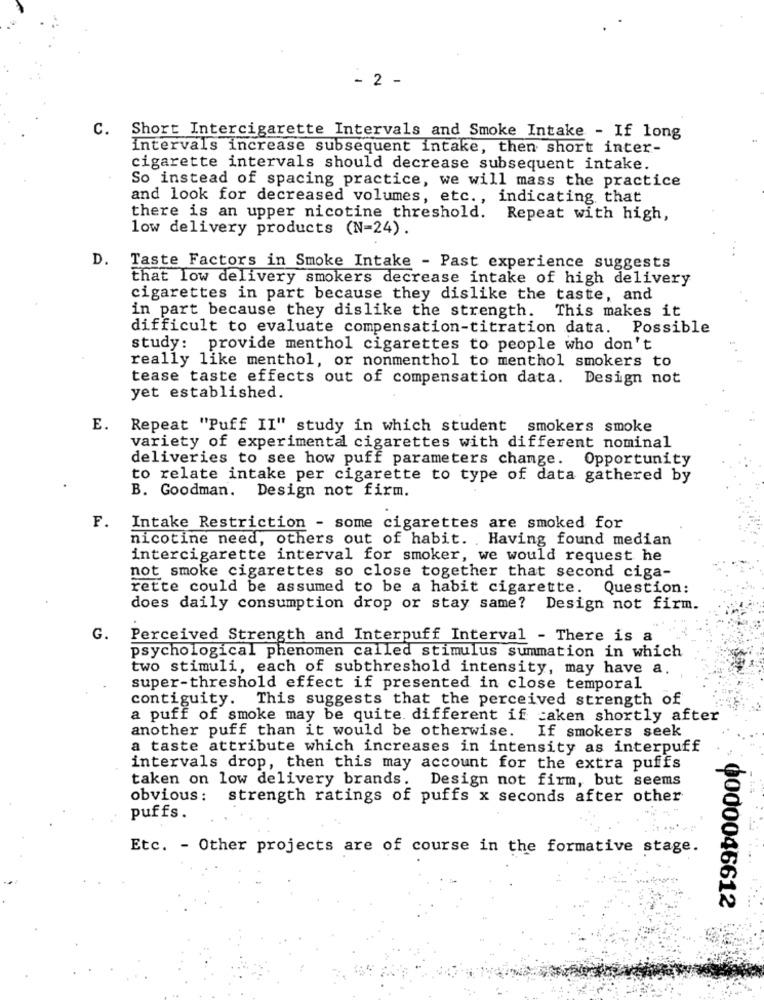
- 2 -
C. Short Intercigarette Intervals and Smoke Intake - If long
intervals increase subsequent intake, then short inter-
cigarette intervals should decrease subsequent intake.
So instead of spacing practice, we will mass the practice
and look for decreased volumes, etc ., indicating that
there is an upper nicotine threshold. Repeat with high,
low delivery products (N=24).
D.
Taste Factors in Smoke Intake - Past experience suggests
that low delivery smokers decrease intake of high delivery
cigarettes in part because they dislike the taste, and
in part because they dislike the strength. This makes it
difficult to evaluate compensation-titration data. Possible
study: provide menthol cigarettes to people who don't
really like menthol, or nonmenthol to menthol smokers to
tease taste effects out of compensation data.
Design not
yet established.
E. Repeat "Puff II" study in which student smokers smoke
variety of experimental cigarettes with different nominal
deliveries to see how puff parameters change. Opportunity
to relate intake per cigarette to type of data gathered by
B. Goodman. Design not firm.
F.
Intake Restriction - some cigarettes are smoked for
nicotine need, others out of habit. . Having found median
intercigarette interval for smoker, we would request he
not smoke cigarettes so close together that second ciga-
rette could be assumed to be a habit cigarette. Question:
does daily consumption drop or stay same?
Design not firm.
G.
Perceived Strength and Interpuff Interval - There is a
psychological phenomen called stimulus summation in which
two stimuli, each of subthreshold intensity, may have a.
super-threshold effect if presented in close temporal
contiguity. This suggests that the perceived strength of
a puff of smoke may be quite different if =aken shortly after
another puff than it would be otherwise. If smokers seek
a taste attribute which increases in intensity as interpuff
intervals drop, then this may account for the extra puffs
taken on low delivery brands. Design not firm, but seems
obvious: strength ratings of puffs x seconds after other
puffs.
Etc. - Other projects are of course in the formative stage.
0000046612